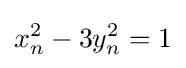
x_{n}^{2}-3y_{n}^{2}=1